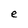
Character: e